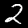
Digit: 2